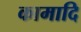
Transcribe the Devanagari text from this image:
कामादि